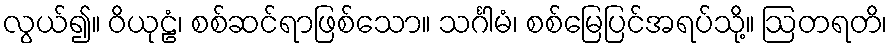
လွယ်၍။ ဝိယုဠံ၊ စစ်ဆင်ရာဖြစ်သော။ သင်္ဂါမံ၊ စစ်မြေပြင်အရပ်သို့။ ဩတရတိ၊